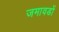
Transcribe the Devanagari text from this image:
जमावडों